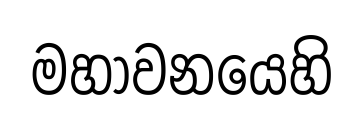
මහාවනයෙහි